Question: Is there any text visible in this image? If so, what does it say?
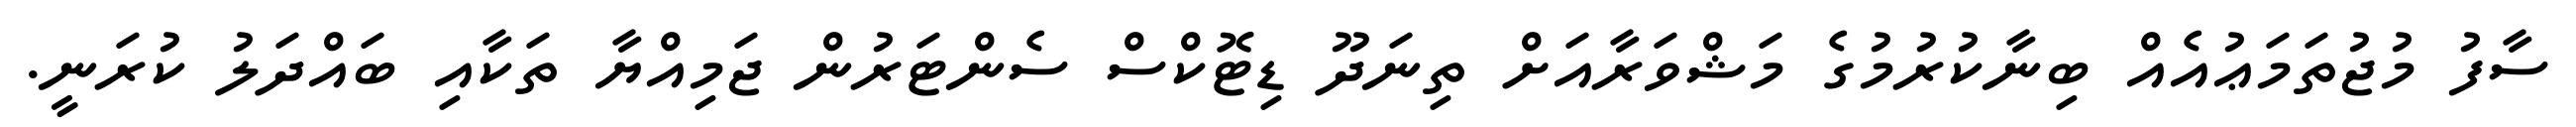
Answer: ސާފު މުޖުތަމަޢުއެއް ބިނާކުރުމުގެ މަޝްވަރާއަށް ތިނަދޫ ޑިޓޮކްސް ސެންޓަރުން ޖަމިއްޔާ ތަކާއި ބައްދަލު ކުރަނީ.